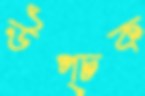
উপ্‌চক